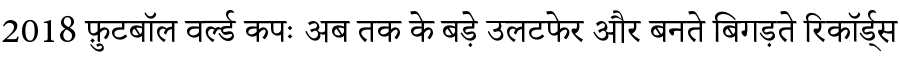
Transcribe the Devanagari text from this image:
2018 फ़ुटबॉल वर्ल्ड कपः अब तक के बड़े उलटफेर और बनते बिगड़ते रिकॉर्ड्स